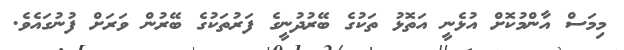
މިމަސް އާންމުކޮށް އުޅެނީ އަތޮޅު ތަކުގެ ބޭރުދުނީގެ ފަރުތަކުގެ ބޭރުން ވަރަށް ފުނުގައެވެ.